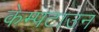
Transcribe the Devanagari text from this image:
केम्पटाउन